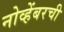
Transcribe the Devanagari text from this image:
नोव्हेंबरची